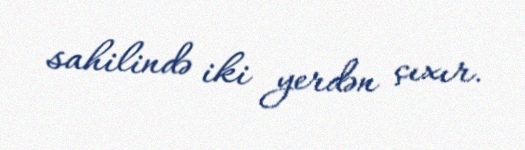
sahilində iki yerdən çıxır.